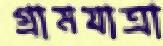
গ্রামযাত্রা